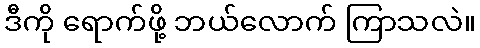
ဒီကို ရောက်ဖို့ ဘယ်လောက် ကြာသလဲ။